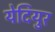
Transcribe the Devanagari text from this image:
येदियुर